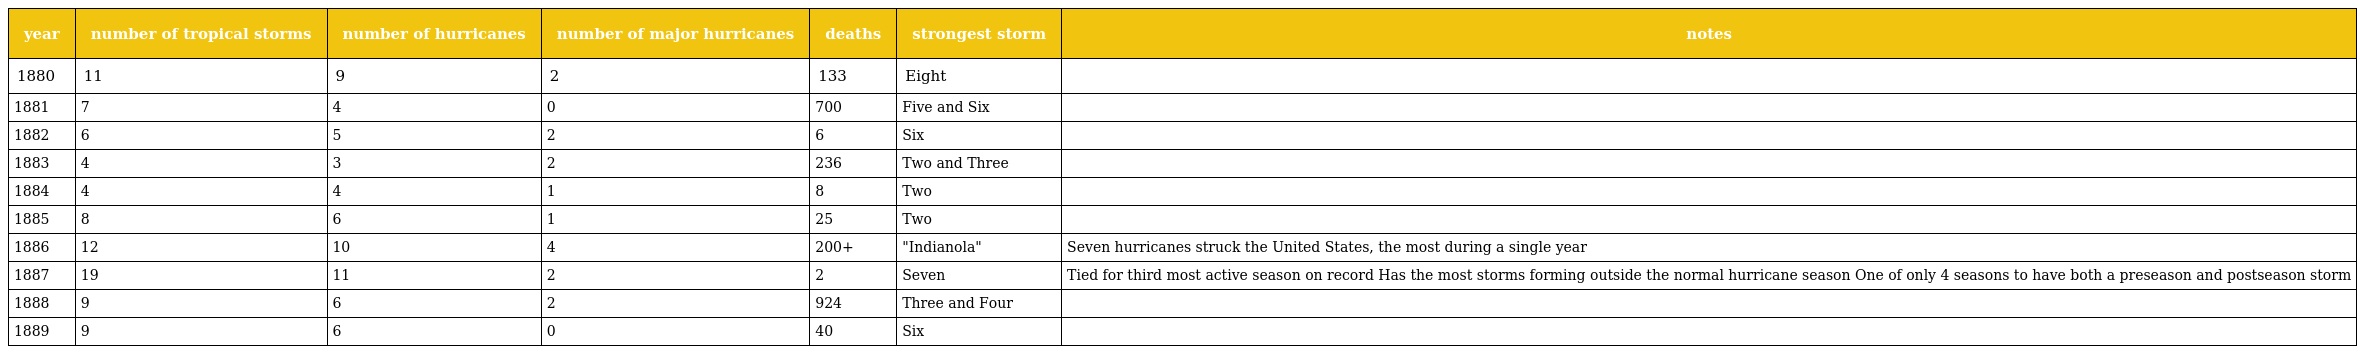
| year | number of tropical storms | number of hurricanes | number of major hurricanes | deaths | strongest storm | notes |
 | --- | --- | --- | --- | --- | --- | --- |
 | 1880 | 11 | 9 | 2 | 133 | Eight |  |
 | 1881 | 7 | 4 | 0 | 700 | Five and Six |  |
 | 1882 | 6 | 5 | 2 | 6 | Six |  |
 | 1883 | 4 | 3 | 2 | 236 | Two and Three |  |
 | 1884 | 4 | 4 | 1 | 8 | Two |  |
 | 1885 | 8 | 6 | 1 | 25 | Two |  |
 | 1886 | 12 | 10 | 4 | 200+ | "Indianola" | Seven hurricanes struck the United States, the most during a single year |
 | 1887 | 19 | 11 | 2 | 2 | Seven | Tied for third most active season on record Has the most storms forming outside the normal hurricane season One of only 4 seasons to have both a preseason and postseason storm |
 | 1888 | 9 | 6 | 2 | 924 | Three and Four |  |
 | 1889 | 9 | 6 | 0 | 40 | Six |  |